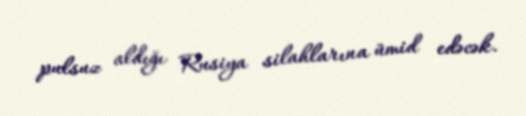
pulsuz aldığı Rusiya silahlarına ümid edəcək.